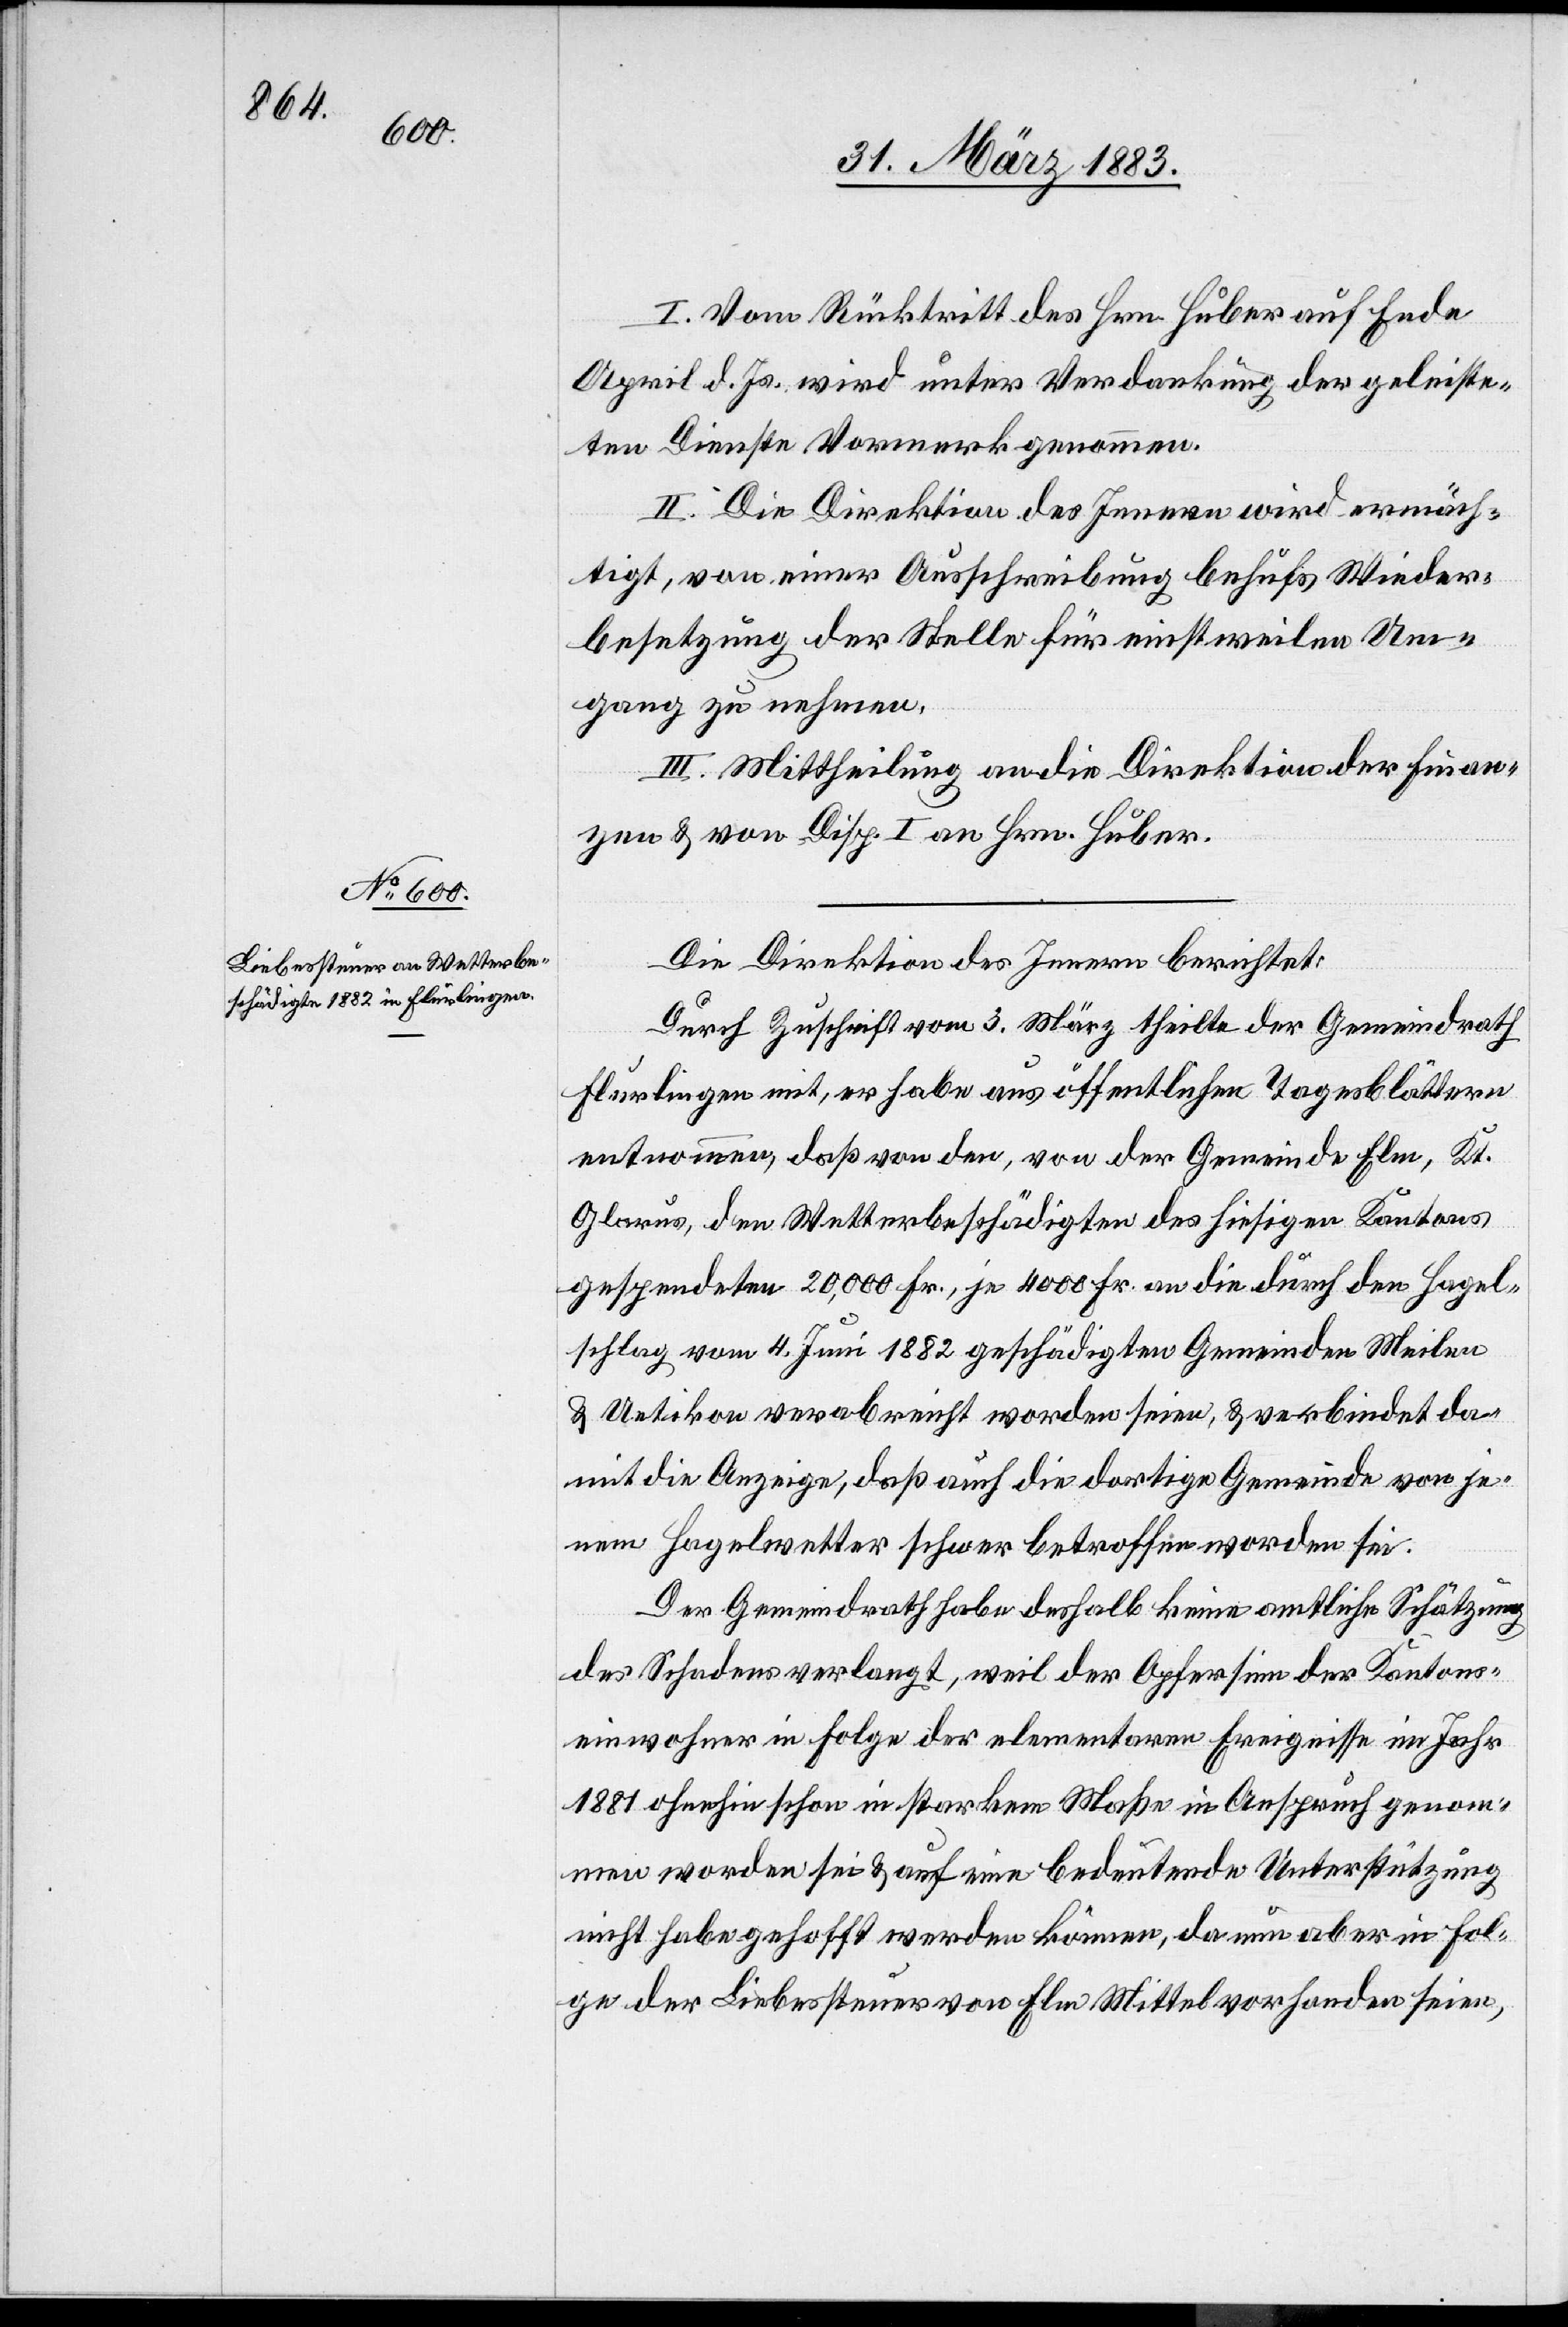
I. Vom Rücktritt des Hrn. Huber auf Ende
April d. Js. wird unter Verdankung der geleiste¬
ten Dienste Vormerk genommen.
II. Die Direktion des Innern wird ermäch¬
tigt, von einer Ausschreibung behufs Wieder¬
besetzung der Stelle für einstweilen Um¬
gang zu nehmen.
III. Mittheilung an die Direktion der Finan¬
zen & von Disp. I an Hrn. Huber.
Die Direktion des Innern berichtet:
Durch Zuschrift vom 3. März theilte der Gemeindrath
Flurlingen mit, er habe aus öffentlichen Tagesblättern
entnommen, daß von den, von der Gemeinde Elm, Kt.
Glarus, den Wetterbeschädigten des hiesigen Kantons
gespendeten 20,000 Fr., je 4000 Fr. an die durch den Hagel¬
schlag vom 4. Juni 1882 geschädigten Gemeinden Meilen
& Uetikon verabreicht worden seien, & verbindet da¬
mit die Anzeige, daß auch die dortige Gemeinde von je¬
nem Hagelwetter schwer betroffen worden sei.
Der Gemeindrath habe deshalb keine amtliche Schätzung
des Schadens verlangt, weil der Opfersinn der Kantons¬
einwohner in Folge der elementaren Ereignisse im Jahr
1881 ohnehin schon in starkem Maße in Anspruch genom¬
men worden sei & auf eine bedeutende Unterstützung
nicht habe gehofft werden können, da nun aber in Fol¬
ge der Liebessteuer von Elm Mittel vorhanden seien,